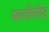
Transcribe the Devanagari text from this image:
मालीसीट